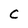
Character: C